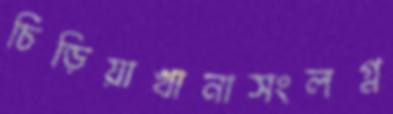
চিড়িয়াখানাসংলগ্ন